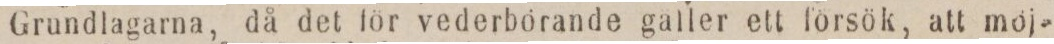
Grundlagarna, då det för vederbörande galler ett försök, att möj-